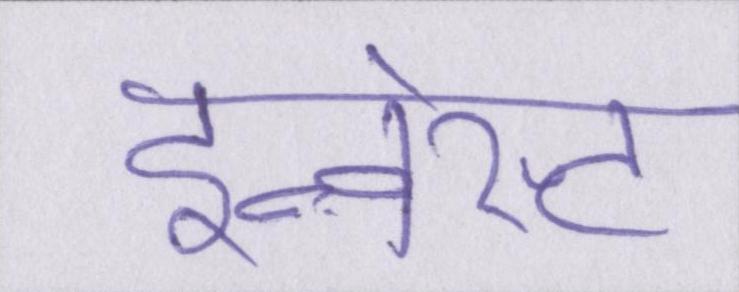
इन्वेस्ट